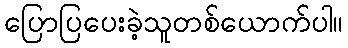
ပြောပြပေးခဲ့သူတစ်ယောက်ပါ။